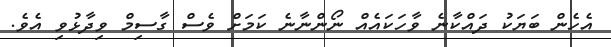
އެހެން ބަޔަކު ދައްކާނެ ވާހަކައެއް ނޯންނާނެ ކަމަށް ވެސް ގާސިމް ވިދާޅުވި އެވެ.